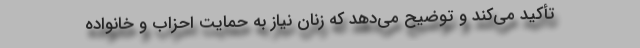
تأکید می‌کند و توضیح می‌دهد که زنان نیاز به حمایت احزاب و خانواده‌